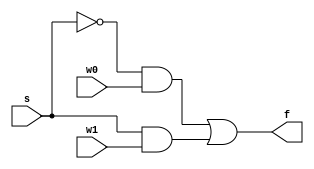
 ///////////////////////////////////////////////////////////////////////////////
 //
 // Class:  CS/ECE 3700
 // Module: mux2to1.v
 // Project: LAB #2 - Arithmetic Circuits
 // Description: Design a 4-bit Carry-Select Adder with full-adder & ripple carry adder
 // - 2 to 1 multiplexor verilog module (Structural)
 //
 ///////////////////////////////////////////////////////////////////////////////

 module mux2to1(w0, w1, s, f);
	input w0, w1, s;
	output f;
	wire x,y;
	
	not (s_not, s);
	and (x, s_not, w0);
	and (y, s, w1);
	or (f, x, y);
endmodule